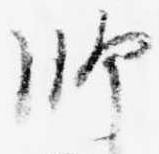
師